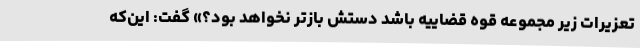
تعزیرات زیر مجموعه قوه قضاییه باشد دستش بازتر نخواهد بود؟» گفت: این‌که